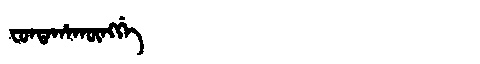
Manchu: ᠸᡠᠨᡨᠠᡥᠠᡴᡡᠩᡤᡝ
Romanization: FUNTAHAKŪNGGE